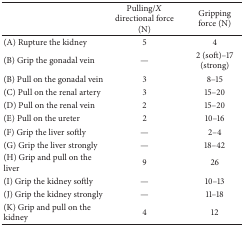
<table><thead><tr><td><b> </b></td><td><b>Pulling/<i>X</i> directional force (N)</b></td><td><b>Gripping force (N)</b></td></tr></thead><tbody><tr><td>(A) Rupture the kidney </td><td>5</td><td>4</td></tr><tr><td>(B) Grip the gonadal vein</td><td>—</td><td>2 (soft)–17 (strong)</td></tr><tr><td>(B) Pull on the gonadal vein</td><td>3</td><td>8–15</td></tr><tr><td>(C) Pull on the renal artery</td><td>3</td><td>15–20</td></tr><tr><td>(D) Pull on the renal vein</td><td>2</td><td>15–20</td></tr><tr><td>(E) Pull on the ureter</td><td>2</td><td>10–16</td></tr><tr><td>(F) Grip the liver softly</td><td>—</td><td>2–4</td></tr><tr><td>(G) Grip the liver strongly</td><td>—</td><td>18–42</td></tr><tr><td>(H) Grip and pull on the liver</td><td>9</td><td>26</td></tr><tr><td>(I) Grip the kidney softly</td><td>—</td><td>10–13</td></tr><tr><td>(J) Grip the kidney strongly</td><td>—</td><td>11–18</td></tr><tr><td>(K) Grip and pull on the kidney</td><td>4</td><td>12</td></tr></tbody></table>